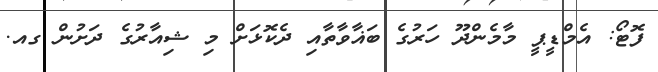
ފޮޓޯ: އެމްޑީޕީ މާމެންދޫ ހަރުގެ ބަޣާވާތާއި ދެކޮޅަށް މި ޝިއާރުގެ ދަށުން ގއ.